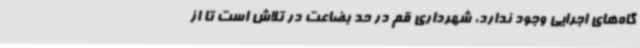
گاه‌های اجرایی وجود ندارد، شهرداری قم در حد بضاعت در تلاش است تا از